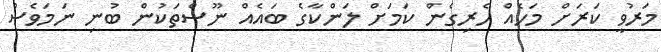
މަރުވީ ކަރަށް މަހެއް ހެރިގެން ކަމަށް ލަންކާގެ ބައެއް ނޫސްތަކުން ބުނި ނަމަވެސް